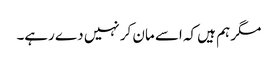
مگر ہم ہیں کہ اسے مان کر نہیں دے رہے۔